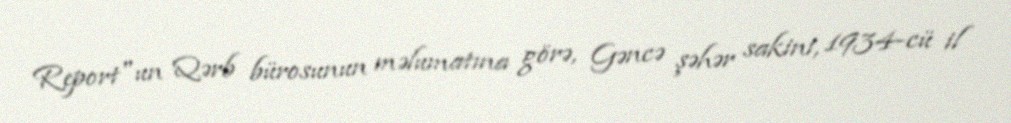
Report"un Qərb bürosunun məlumatına görə, Gəncə şəhər sakini, 1934-cü il